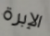
الإبرة